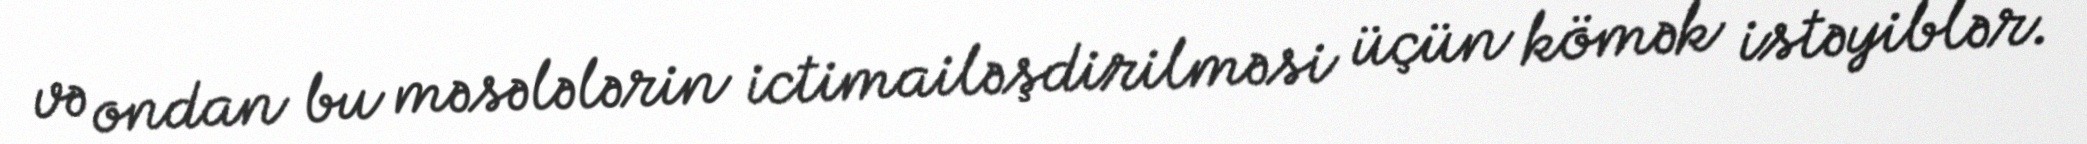
və ondan bu məsələlərin ictimailəşdirilməsi üçün kömək istəyiblər.